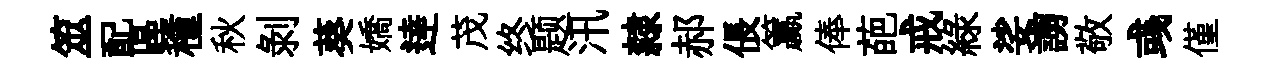
筮配區種秋剝葵嬌逹茂终题汛隸郝倀籯俸葩戒綠娑謭敬彧僅